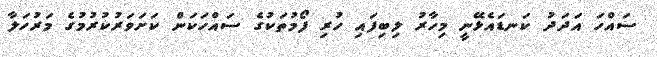
ސައްހަ އަދަދު ކަނޑައެޅޭނީ މިހާރު ލިބިފައި ހުރި ފޯމުތަކުގެ ސައްހަކަން ކަށަވަރުކުރުމުގެ މަރުހަލާ